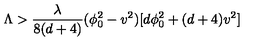
\Lambda > { \frac { \lambda } { 8 ( d + 4 ) } } ( \phi _ { 0 } ^ { 2 } - v ^ { 2 } ) [ d \phi _ { 0 } ^ { 2 } + ( d + 4 ) v ^ { 2 } ]